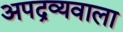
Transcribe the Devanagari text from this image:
अपद्रव्यवाला